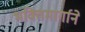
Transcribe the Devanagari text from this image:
भक्तिमार्गाने